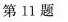
第11题